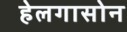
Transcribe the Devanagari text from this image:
हेलगासोन